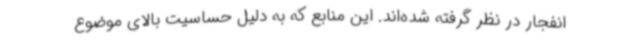
انفجار در نظر گرفته شده‌اند. این منابع که به دلیل حساسیت بالای موضوع